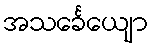
အသင်္ခေယျော